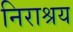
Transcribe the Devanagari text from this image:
निराश्रय